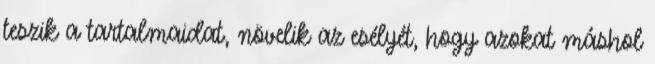
teszik a tartalmaidat, növelik az esélyét, hogy azokat máshol